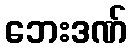
ဘေးဒဏ်